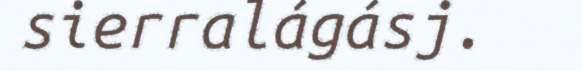
sierralágásj.